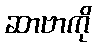
ဆာဗာကို